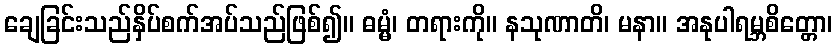
ချေခြင်းသည်နှိပ်စက်အပ်သည်ဖြစ်၍။ ဓမ္မံ၊ တရားကို။ နသုဏာတိ၊ မနာ။ အနုပါရမ္ဘစိတ္တော၊